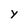
Character: y